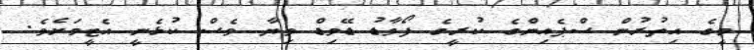
މީގެ އިތުރުން ސްޕެއިންގެ ކުރީގެ ފޯވާޑު ޑޭވިޑް ވިޔާ ވެސް ކުޅެނީ އެޓީމަށެވެ.